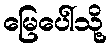
မြေပေါ်သို့